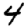
Digit: 4